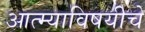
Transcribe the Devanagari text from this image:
आत्म्याविषयीचे